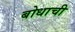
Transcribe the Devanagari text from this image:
बोधाची